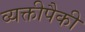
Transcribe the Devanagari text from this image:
व्यक्तीपैकी